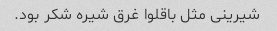
شیرینی مثل باقلوا غرق شیره شکر بود.